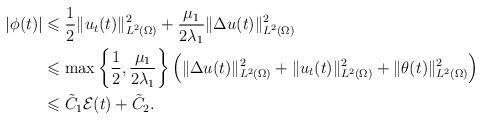
LaTeX: \begin{align*}|\phi(t)|&\leqslant\dfrac{1}{2} \|u_t(t)\|_{L^2(\Omega)}^2+\dfrac{\mu_1}{2\lambda_1} \|\Delta u(t)\|_{L^2(\Omega)}^2\\&\leqslant\max\left\{\dfrac{1}{2},\dfrac{\mu_1}{2\lambda_1}\right\}\left(\|\Delta u(t)\|_{L^2(\Omega)}^2+\|u_t(t)\|_{L^2(\Omega)}^2+\|\theta(t)\|^2_{L^2(\Omega)}\right)\\&\leqslant \tilde{C}_1\mathcal{E}(t)+\tilde{C}_2.\end{align*}